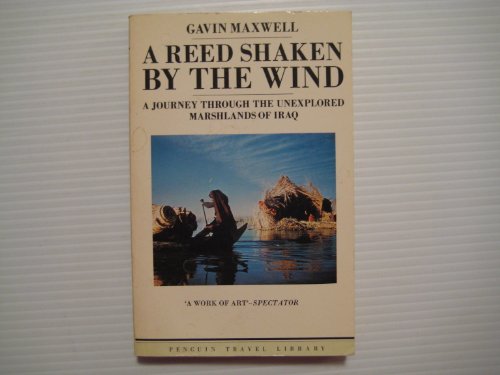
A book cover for A reed shaken by the wind; Gavin MAXWELL; Travel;